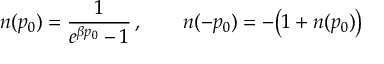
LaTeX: n ( p _ { 0 } ) = { \frac { 1 } { e ^ { \beta p _ { 0 } } - 1 } } \, , \qquad n ( - p _ { 0 } ) = - \bigl ( 1 + n ( p _ { 0 } ) \bigr )